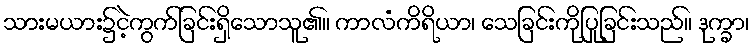
သားမယား၌ငဲ့ကွက်ခြင်းရှိသောသူ၏။ ကာလံကိရိယာ၊ သေခြင်းကိုပြုခြင်းသည်။ ဒုက္ခာ၊